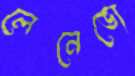
লেনেভো